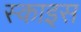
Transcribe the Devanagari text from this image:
स्काइस